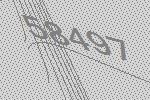
58497